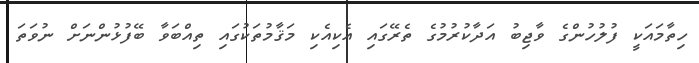
ހިތާމައަކީ ފުލުހުންގެ ވާޖިބު އަދާކުރުމުގެ ތެރޭގައި އެކިއެކި މަޤާމުތަކުގައި ތިއްބަވާ ބޭފުޅުންނަށް ނުވަތަ